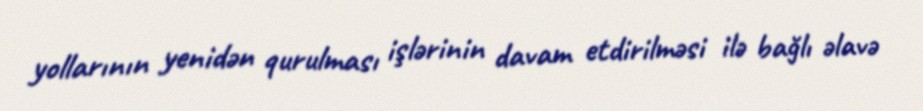
yollarının yenidən qurulması işlərinin davam etdirilməsi ilə bağlı əlavə